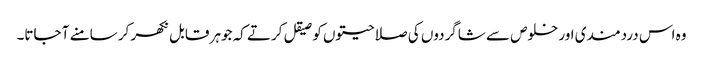
وہ اس دردمندی اور خلوص سے شاگردوں کی صلاحیتوں کو صیقل کرتے کہ جوہر قابل نکھر کر سامنے آ جاتا۔